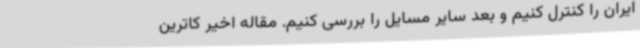
ایران را کنترل کنیم و بعد سایر مسایل را بررسی کنیم. مقاله اخیر کاترین